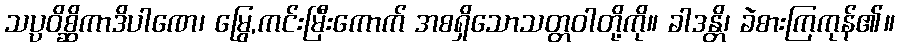
သပ္ပဝိစ္ဆိကာဒိပါဏေ၊ မြွေ,ကင်းမြီးကောက် အစရှိသောသတ္တဝါတို့ကို။ ခါဒန္တိ၊ ခဲစားကြကုန်၏။